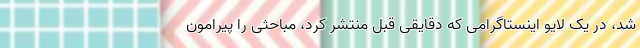
شد، در یک لایو اینستاگرامی که دقایقی قبل منتشر کرد، مباحثی را پیرامون